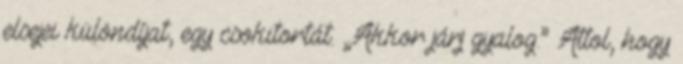
elsejei különdíjat, egy csokitortát. „Akkor járj gyalog.” Attol, hogy